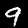
Digit: 9